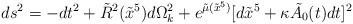
LaTeX: \begin{align*}ds^2 = -dt^2 + \tilde{R}^2(\tilde{x}^5) d\Omega^2_k +e^{\tilde{\mu}(\tilde{x}^5)} [d\tilde{x}^5 + \kappa\tilde{A_0}(t)dt ]^2\end{align*}